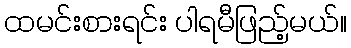
ထမင်းစားရင်း ပါရမီဖြည့်မယ်။